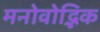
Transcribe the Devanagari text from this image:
मनोवोद्भिक